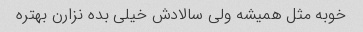
خوبه مثل همیشه ولی سالادش خیلی بده نزارن بهتره